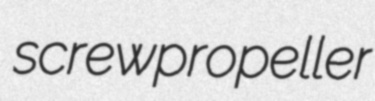
screwpropeller